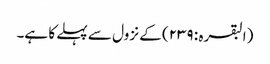
(البقرہ : ٢٣٩) کے نزول سے پہلے کا ہے۔